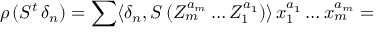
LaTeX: \rho \, ( S ^ { t } \, \delta _ { n } ) = \sum \langle \delta _ { n } , S \, ( Z _ { m } ^ { a _ { m } } \ldots Z _ { 1 } ^ { a _ { 1 } } ) \rangle \, x _ { 1 } ^ { a _ { 1 } } \ldots x _ { m } ^ { a _ { m } } =